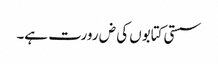
سستی کتابوں کی ض رورت ہے۔